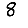
Digit: 8